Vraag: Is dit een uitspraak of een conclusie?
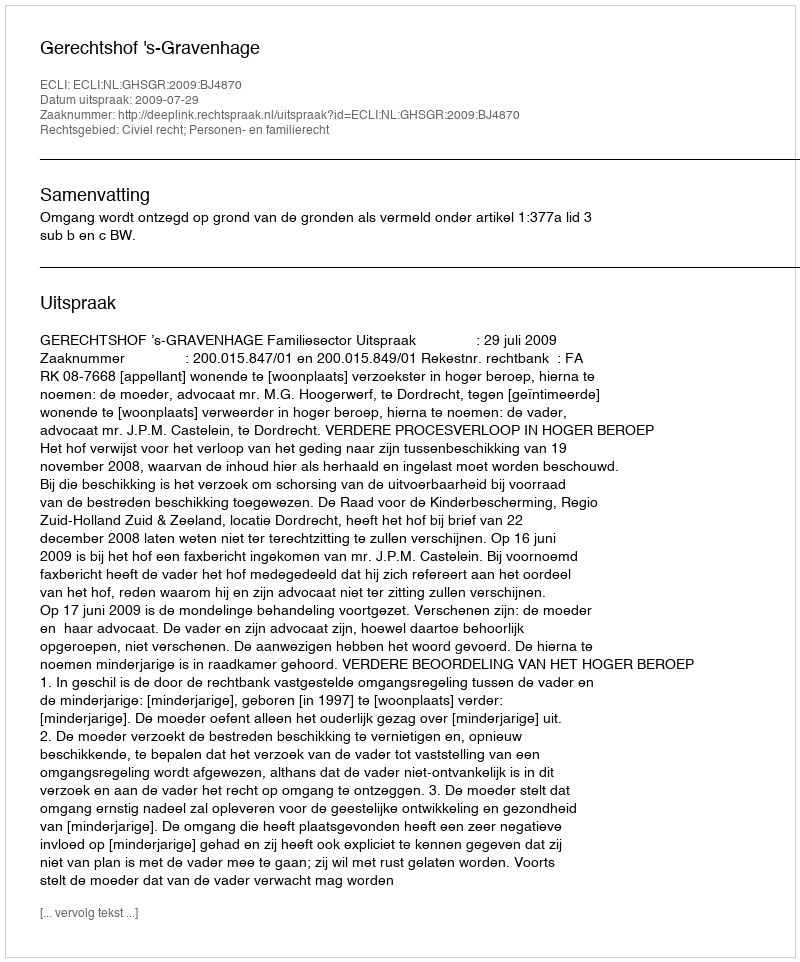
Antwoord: Uitspraak